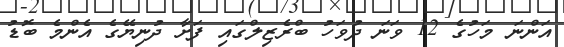
އަންނަ މަހުގެ 12 ވަނަ ދުވަހު ބްރެޒިލްގައި ފަށާ ދުނިޔޭގެ އެންމެ ބޮޑު